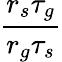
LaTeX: \frac{r_{s}\tau_{g}}{r_{g}\tau_{s}}